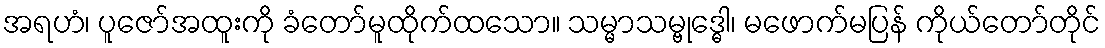
အရဟံ၊ ပူဇော်အထူးကို ခံတော်မူထိုက်ထသော။ သမ္မာသမ္ဗုဒ္ဓေါ၊ မဖောက်မပြန် ကိုယ်တော်တိုင်